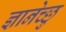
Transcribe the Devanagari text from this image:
ज्ञानेच्छु